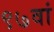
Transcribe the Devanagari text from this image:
९७वां